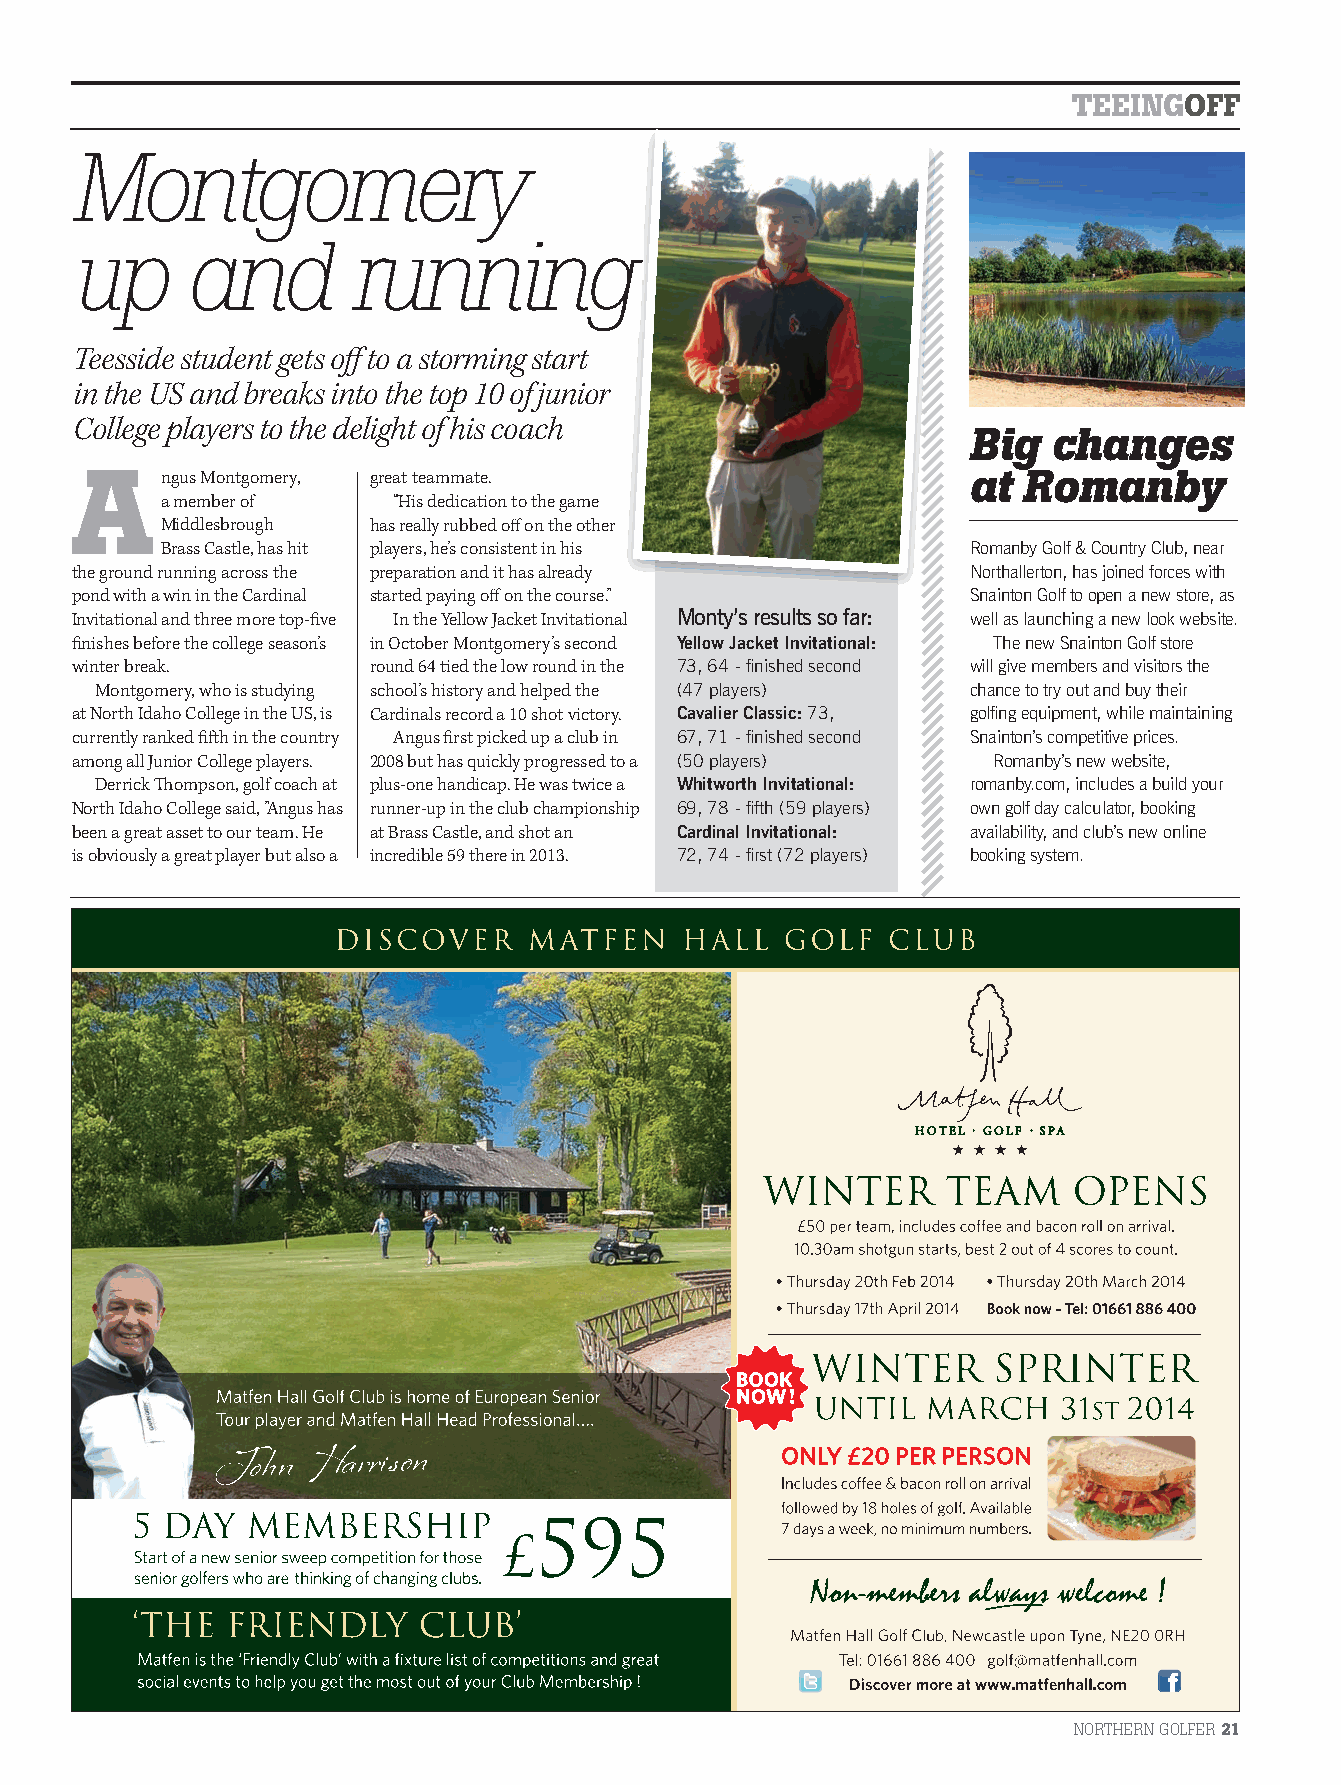
TEEINGOFF
 Montgomery
 uupp    aanndd     rruunnnniinngg
 Teesside student gets off to a storming start
 in the US and breaks into the top 10 of junior
 College players to the delight of his coach
 Big  changes
 A     ngus Montgomery, great teammate.                      at Romanby
 a member of     “His dedication to the game
 Middlesbrough has really rubbed off on the other
 Brass Castle, has hit players, he’s consistent in his Romanby Golf & Country Club, near
 the ground running across the preparation and it has already Northallerton, has joined forces with
 pond with a win in the Cardinal started paying off on the course.” Snainton Golf to open a new store, as
 Invitational and three more top-fi ve In the Yellow Jacket Invitational Monty’s results so far: well as launching a new look website.
 fi nishes before the college season’s in October Montgomery’s second Yellow Jacket Invitational: The new Snainton Golf store
 winter break.       round 64 tied the low round in the 73, 64 - fi nished second will give members and visitors the
 Montgomery, who is studying school’s history and helped the (47 players) chance to try out and buy their
 at North Idaho College in the US, is Cardinals record a 10 shot victory. Cavalier Classic: 73, golfi ng equipment, while maintaining
 currently ranked fi fth in the country Angus fi rst picked up a club in 67, 71 - fi nished second Snainton’s competitive prices.
 among all Junior College players. 2008 but has quickly progressed to a (50 players) Romanby’s new website,
 Derrick Th ompson, golf coach at plus-one handicap. He was twice a Whitworth Invitational: romanby.com, includes a build your
 North Idaho College said, ”Angus has runner-up in the club championship 69, 78 - fi fth (59 players) own golf day calculator, booking
 been a great asset to our team. He at Brass Castle, and shot an Cardinal Invitational: availability, and club’s new online
 is obviously a great player but also a incredible 59 there in 2013. 72, 74 - fi rst (72 players) booking system.
 NORTHERN GOLFER21
 NG21.indb 21                                                                    10/02/2014 17:12